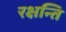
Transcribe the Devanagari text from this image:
रक्षन्ति